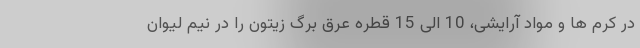
در کرم ها و مواد آرایشی، 10 الی 15 قطره عرق برگ زیتون را در نیم لیوان